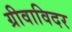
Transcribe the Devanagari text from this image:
ग्रीवाविदर